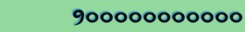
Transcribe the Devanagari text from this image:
१०००००००००००